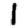
Digit: 1